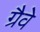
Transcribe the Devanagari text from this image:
ग्रैवे